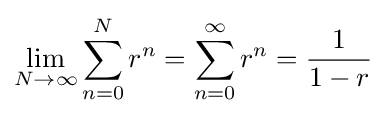
\lim _{N\to \infty }\sum _{n=0}^{N}r^{n}=\sum _{n=0}^{\infty }r^{n}={\frac {1}{1-r}}